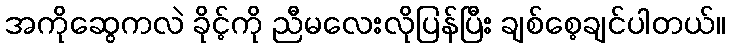
အကိုဆွေကလဲ ခိုင့်ကို ညီမလေးလိုပြန်ပြီး ချစ်စေ့ချင်ပါတယ်။